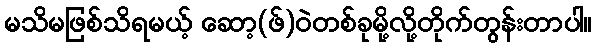
မသိမဖြစ်သိရမယ့် ဆော့(ဖ်)၀ဲတစ်ခုမို့လို့တိုက်တွန်းတာပါ။